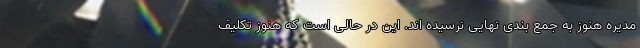
مدیره هنوز به جمع بندی نهایی نرسیده اند. این در حالی است که هنوز تکلیف